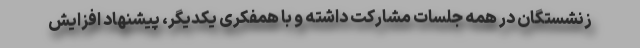
زنشستگان در همه جلسات مشارکت داشته و با همفکری یکدیگر، پیشنهاد افزایش